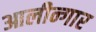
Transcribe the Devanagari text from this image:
आलीन्गार